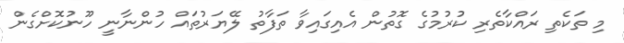
މި ތަކެތި ރައްކާތެރި ކުރުމުގެ ގޮތުން އެއިގައިވާ ތަފާތު ލޭޔަރުތައް ހުންނާނީ ހޫނުކޮށްގެން